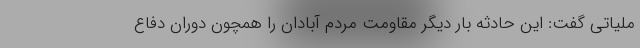
ملیاتی گفت: این حادثه بار دیگر مقاومت مردم آبادان را همچون دوران دفاع